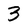
Character: 3